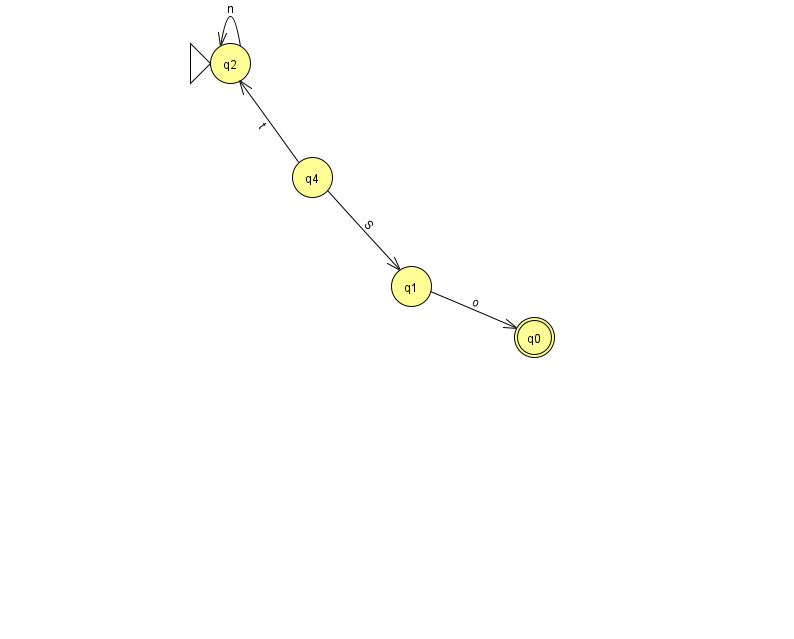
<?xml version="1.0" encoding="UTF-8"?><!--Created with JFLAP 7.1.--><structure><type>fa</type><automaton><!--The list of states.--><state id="0" name="q0"><x>534.0</x><y>324.0</y><final/></state><state id="1" name="q1"><x>411.0</x><y>273.0</y></state><state id="2" name="q2"><x>230.0</x><y>50.0</y><initial/></state><state id="4" name="q4"><x>312.0</x><y>164.0</y></state><!--The list of transitions.--><transition><from>4</from><to>1</to><read>S</read></transition><transition><from>4</from><to>2</to><read>t</read></transition><transition><from>1</from><to>0</to><read>o</read></transition><transition><from>2</from><to>2</to><read>n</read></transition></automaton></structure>